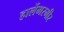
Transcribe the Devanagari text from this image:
हार्लेमरमीर